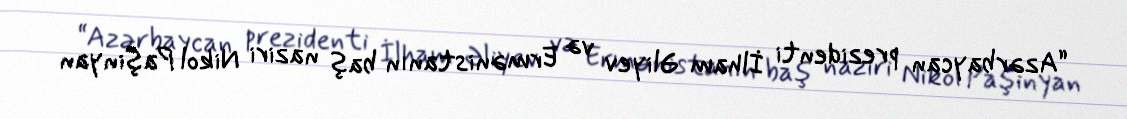
“Azərbaycan prezidenti İlham Əliyev və Ermənistanın baş naziri Nikol Paşinyan